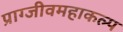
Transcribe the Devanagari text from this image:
प्राग्जीवमहाकल्प